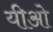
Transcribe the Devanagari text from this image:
यीओ